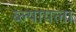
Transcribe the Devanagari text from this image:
ब्ल्यायला